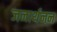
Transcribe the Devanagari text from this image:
जनार्थनन